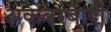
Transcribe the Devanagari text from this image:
अकबरबादी